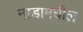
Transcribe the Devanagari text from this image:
नाडामघील